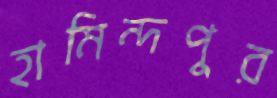
হামিন্দপুর